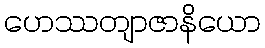
ဟေဿတျာဇာနိယော